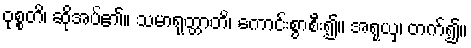
ဝုစ္စတိ၊ ဆိုအပ်၏။ သမာရုတ္တာတိ၊ ကောင်းစွာစီး၍။ အရုယှ၊ တက်၍။